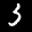
Label: 3